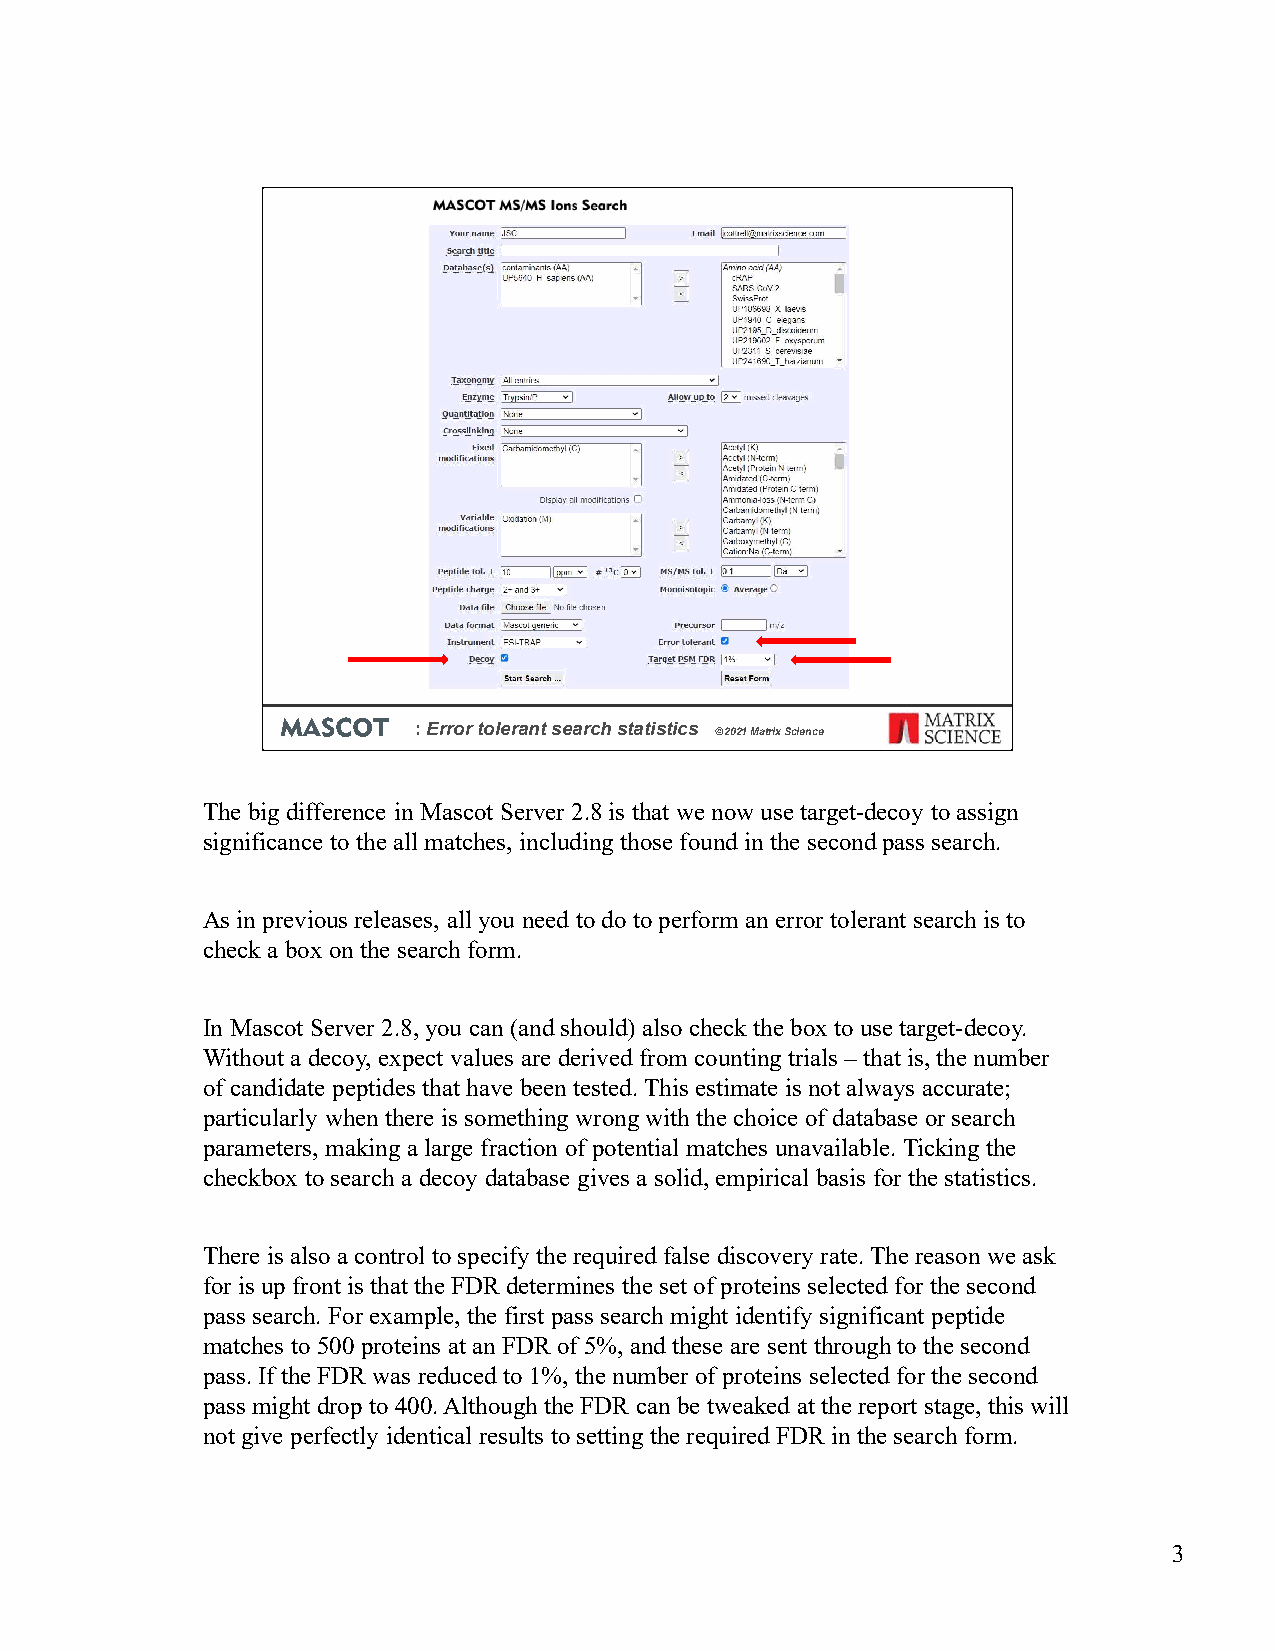
: Error tolerant search statistics
 © 2021 Matrix Science
 The big difference in Mascot Server 2.8 is that we now usetarget-decoy to assign
 significance to the all matches, including those found in the second pass search.
 As in previous releases, all you need to do to perform an error tolerant search is to
 check a box on the search form.
 In Mascot Server 2.8, you can (and should) also check the box to use target-decoy.
 Without a decoy, expect values are derived from counting trials –that is, the number
 of candidate peptides that have been tested. This estimate is not always accurate;
 particularly when there is something wrong with the choice of database or search
 parameters, making a large fraction of potential matches unavailable. Ticking the
 checkbox to search a decoy database gives a solid, empirical basis for the statistics.
 There is also a control to specify the required false discovery rate. The reason we ask
 for is up front is that the FDR determines the set of proteins selected for the second
 pass search. For example, the first pass search might identify significant peptide
 matches to 500 proteins at an FDR of 5%, and these are sent through to the second
 pass. If the FDR was reduced to 1%, the number of proteins selected for the second
 pass might drop to 400. Although the FDR can be tweaked at the report stage, this will
 not give perfectly identical results to setting the required FDR in the search form.
 3